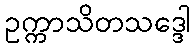
ဥက္ကာသိတသဒ္ဒေါ